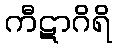
ကီဋာဂိရိ